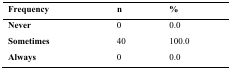
<table><thead><tr><td><b>Frequency</b></td><td><b>n</b></td><td><b>%</b></td></tr></thead><tbody><tr><td><b>Never</b></td><td>0</td><td>0.0</td></tr><tr><td><b>Sometimes</b></td><td>40</td><td>100.0</td></tr><tr><td><b>Always</b></td><td>0</td><td>0.0</td></tr></tbody></table>